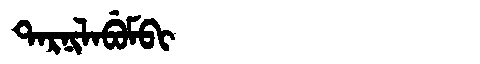
Manchu: ᡨᠠᡵᠨᡳᠯᠠᠪᡠᠮᠪᡳ
Romanization: TARNILABUMBI